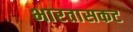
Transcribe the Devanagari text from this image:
भारतासकट